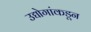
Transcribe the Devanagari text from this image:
उद्योगांकडून